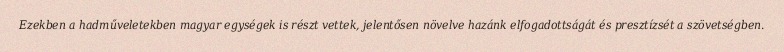
Ezekben a hadműveletekben magyar egységek is részt vettek, jelentősen növelve hazánk elfogadottságát és presztízsét a szövetségben.